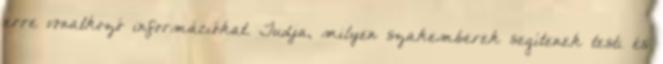
erre vonatkozó információkat. Tudja, milyen szakemberek segítenek testi és